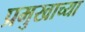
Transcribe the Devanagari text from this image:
प्रमुखाच्या